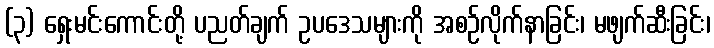
(၃) ရှေးမင်းကောင်းတို့ ပညတ်ချက် ဥပဒေသများကို အစဉ်လိုက်နာခြင်း၊ မဖျက်ဆီးခြင်း၊